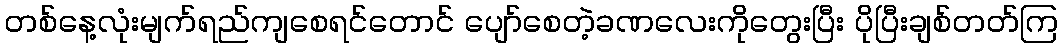
တစ်နေ့လုံးမျက်ရည်ကျစေရင်တောင် ပျော်စေတဲ့ခဏလေးကိုတွေးပြီး ပိုပြီးချစ်တတ်ကြ